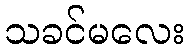
သခင်မလေး